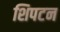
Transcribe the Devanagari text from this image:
शिपटन